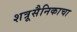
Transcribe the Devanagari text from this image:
शत्रूसैनिकाचा